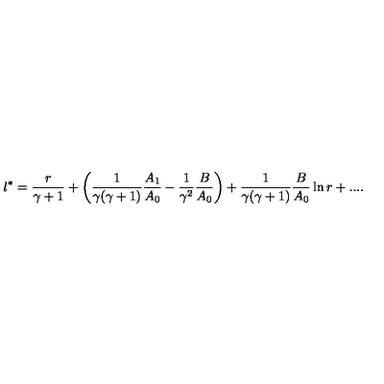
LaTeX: l ^ { * } = { \frac { r } { \gamma + 1 } } + \left( { \frac { 1 } { \gamma ( \gamma + 1 ) } } { \frac { A _ { 1 } } { A _ { 0 } } } - { \frac { 1 } { \gamma ^ { 2 } } } { \frac { B } { A _ { 0 } } } \right) + { \frac { 1 } { \gamma ( \gamma + 1 ) } } { \frac { B } { A _ { 0 } } } \ln r + . . . .